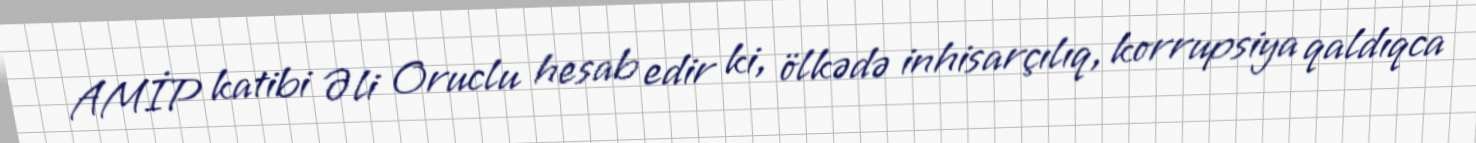
AMİP katibi Əli Oruclu hesab edir ki, ölkədə inhisarçılıq, korrupsiya qaldıqca